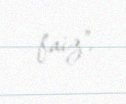
faiz”.